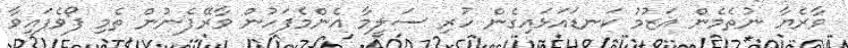
ވާރެޔާ ނުތެމެން އަޒުމު ކަނޑައަޅައިގެން ހުރި ސަލީމާ އެންމެފަހުން ވާރޭފެނުން ތެމި ފޯވެފައިވާ